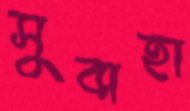
সুবাহা